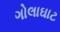
ગોલાઘાટ